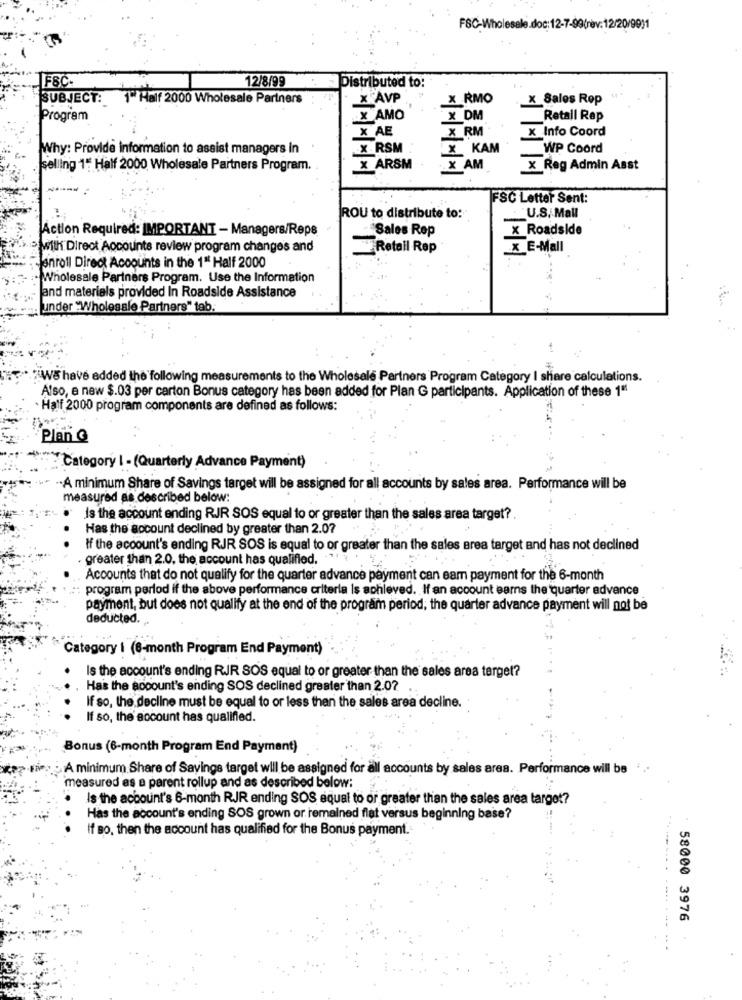
FSC-Wholesale.doc:12-7-99(rev:12/20/99)1
F&C:
12/8/99
Distributed to:
SUBJECT: 1" Half 2000 Wholesale Partners
X AVP
X RMO
X Sales Rep
Program
X AMO
X DM
Retall Rep
X AE
X RM
x_ Info Coord
Why: Provide information to assist managers in
X RSM
X KAM
WP Coord
selling 1" Half 2000 Wholesale Partners Program.
X ARSM
x AM
X Reg Admin Asst
FSC Letter Sent:
U.S. Mall
ROU to distribute to:
Action Required: IMPORTANT - Managers/Reps
Sales Rep
X Roadside
With Direct Accounts review program changes and
Retail Rep
x_E-Mall
enroll Direct Accounts in the 1" Half 2000
Wholesale Partners Program. Use the Information
and materials provided In Roadside Assistance
under "Wholesale Partners" tab.
"WE have added the following measurements to the Wholesale Partners Program Category I share calculations.
Also, e new $.03 per carton Bonus category has been added for Plan G participants. Application of these 1"
Half 2000 program components are defined as follows:
Plan Q
Category I - (Quarterly Advance Payment)
·A minimum Share of Savings target will be assigned for all accounts by sales area. Performance will be
measured as described below:
Is the account ending RJR SOS equal to or greater than the sales area target? .
Has the account declined by greater than 2.07
If the account's ending RJR SOS is equal to or greater than the sales area target and has not declined
greater than 2.0, the account has qualified.
Accounts that do not qualify for the quarter advance payment can sam payment for the 6-month
program perlod if the above performance criteria is achieved. If an account earns the quarter advance
payment, but does not qualify at the end of the program period, the quarter advance payment will not be
deducted.
Category i (8-month Program End Payment)
Is the account's ending RJR SOS equal to or greater than the sales area target?
. Has the account's ending SOS declined greater than 2.0?
If so, the decline must be equal to or less than the sales area decline.
If so, the' account has qualified.
Bonus (6-month Program End Payment)
A minimum Share of Savings target will be assigned for all accounts by sales area. Performance will be
measured as a parent rollup and as described below:
Is the account's 6-month RJR ending SOS equal to or greater than the sales area target?
Has the account's ending SOS grown or remained flat versus beginning base?
If so, then the account has qualified for the Bonus payment .-
58000 3976